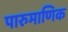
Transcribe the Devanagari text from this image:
पारुमाणिक